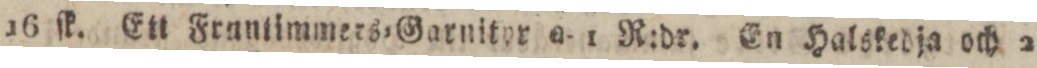
16 ſk. Ett Fruntimmers=Garnitor a 1 R:dr. En Halskedja och 2